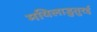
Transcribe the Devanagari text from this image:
मयिलाडुतुरई